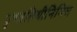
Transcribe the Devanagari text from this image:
पुण्य़तिथीनिमित्त